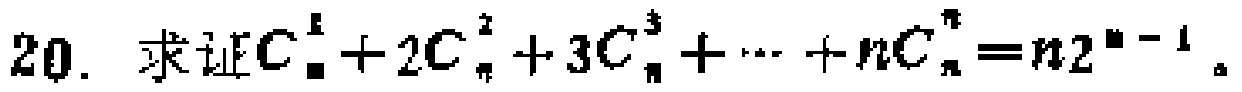
20. 求证\(C_{n}^{1}+2C_{n}^{2}+3C_{n}^{3}+\cdots +nC_{n}^{n}=n2^{n - 1}\)。